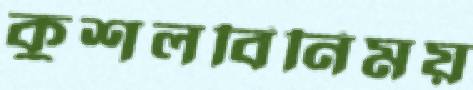
কুশলবিনিময়